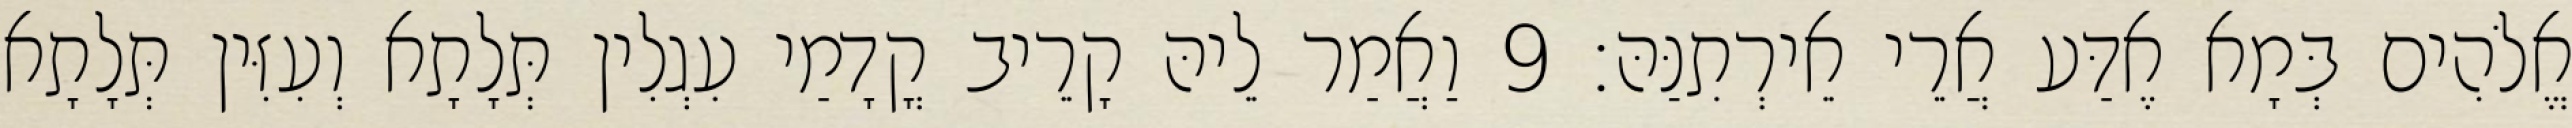
אֱלֹהִים בְּמָא אֶדַּע אֲרֵי אֵירְתִנַּהּ׃ 9 וַאֲמַר לֵיהּ קָרֵיב קֳדָמַי עִגְלִין תְּלָתָא וְעִזִּין תְּלָתָא